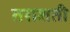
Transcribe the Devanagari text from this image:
तराशती